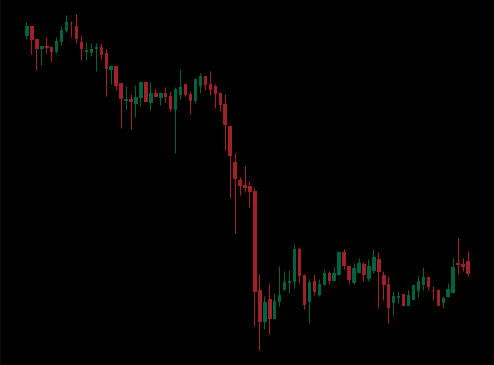
Pattern: unclassified